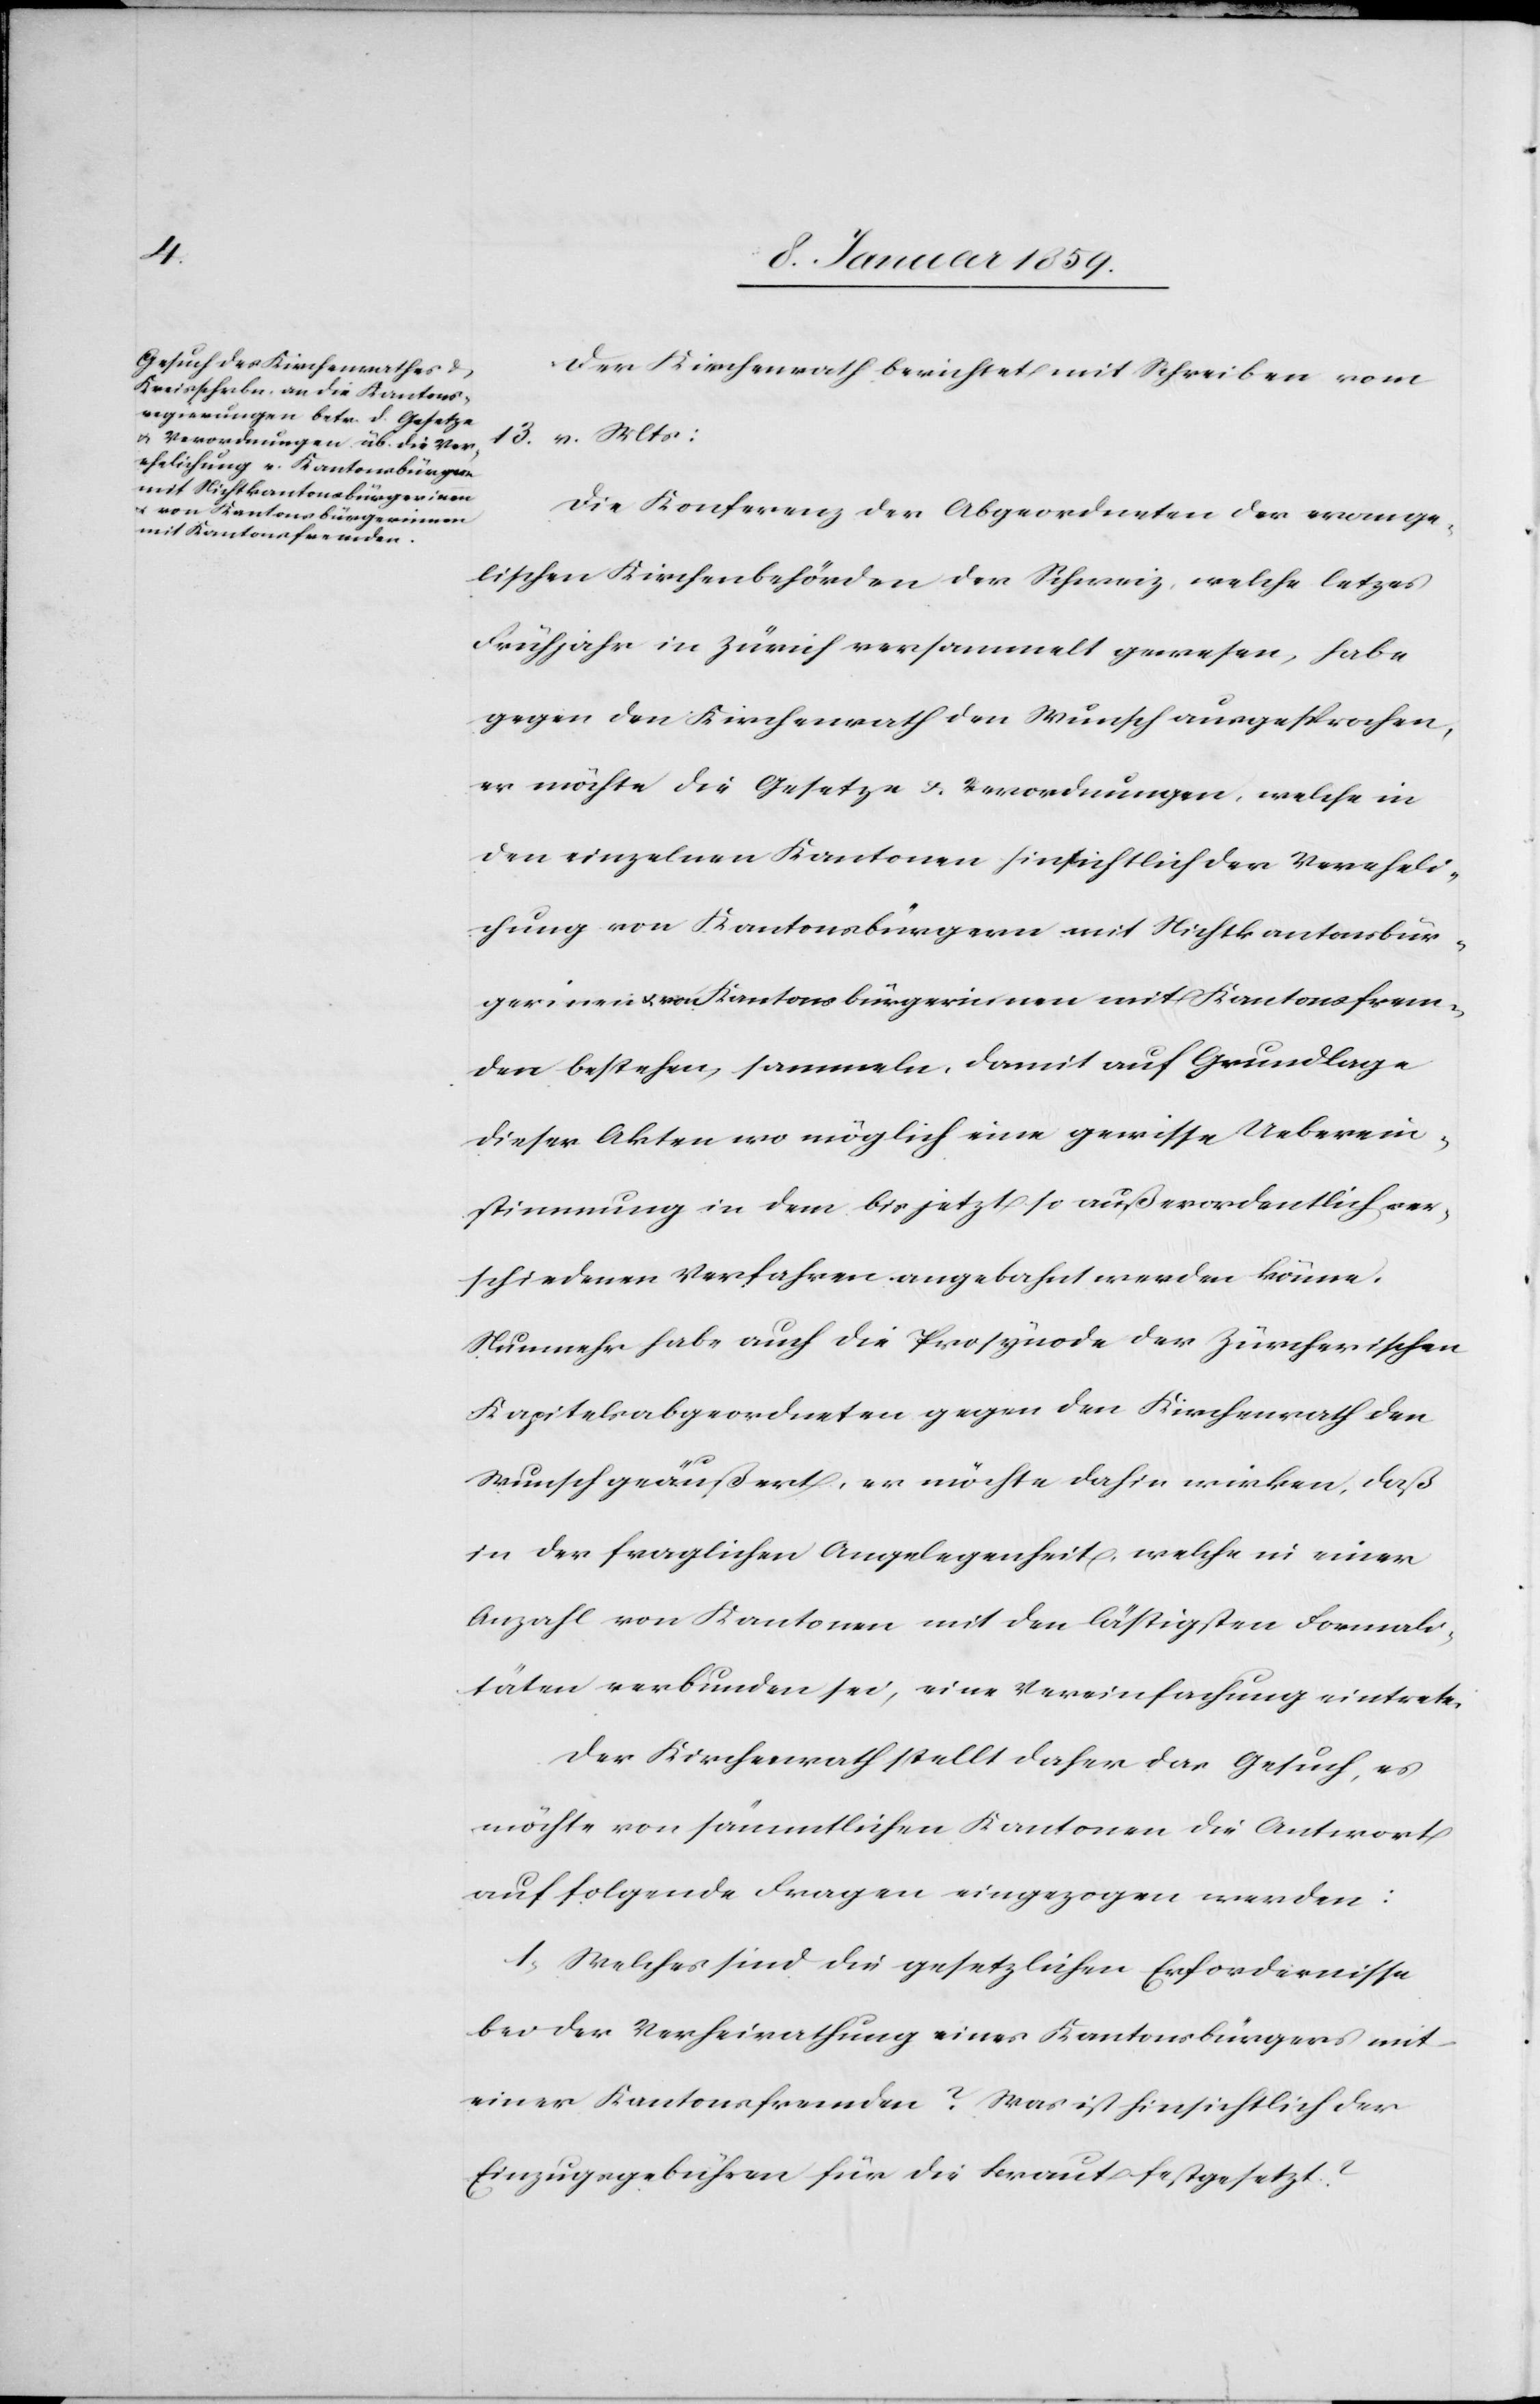
Der Kirchenrath berichtet mit Schreiben vom
13. v. Mts:
Die Konferenz der Abgeordneten der evange¬
lischen Kirchenbehörden der Schweiz, welche letz[t]es
Frühjahr in Zürich versammelt gewesen, habe
gegen den Kirchenrath den Wunsch ausgesprochen,
er möchte die Gesetze u. Verordnungen, welche in
den einzelnen Kantonen hinsichtlich der Vereheli¬
chung von Kantonsbürgern mit Nichtkantonsbür¬
gerinen u. von Kantonsbürgerinnen mit Kantonsfrem¬
den bestehen, sammeln, damit auf Gundlage
dieser Akten wo möglich eine gewisse Ueberein¬
stimmung in dem bis jetzt so außerordentlich ver¬
schiedenen Verfahren angebahnt werden könne.
Nunmehr habe auch die Prosynode der Zürcherischen
Kapitelsabgeordneten gegen den Kirchenrath den
Wunsch geäußert, er möchte dahin wirken, daß
in der fraglichen Angelegenheit, welche in einer
Anzahl von Kantonen mit den lästigsten Formali¬
täten verbunden sei, eine Vereinfachung eintrete.
Der Kirchenrath stellt daher das Gesuch, es
möchte von sämmtlichen Kantonen die Antwort
auf folgende Fragen eingezogen werden:
1. Welches sind die gesetzlichen Erfordernisse
bei der Verheiratung eines Kantonsbürgers mit
einer Kantonsfremden? Was ist hinsichtlich der
Einzugsgebühren für die Braut festgesetzt?